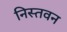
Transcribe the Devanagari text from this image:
निस्तवन